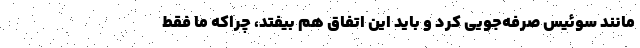
مانند سوئیس صرفه‌جویی کرد و باید این اتفاق هم بیفتد، چراکه ما فقط